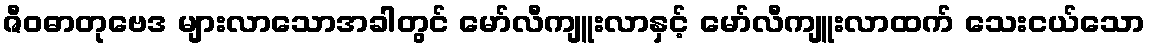
ဇီဝဓာတုဗေဒ များလာသောအခါတွင် မော်လီကျူးလာနှင့် မော်လီကျူးလာထက် သေးငယ်သော